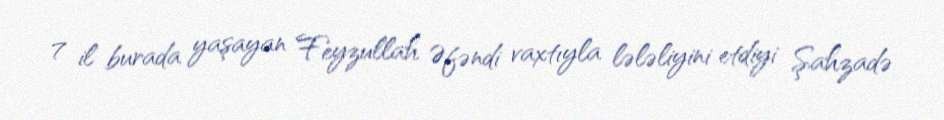
7 il burada yaşayan Feyzullah Əfəndi vaxtıyla lələliyini etdiyi Şahzadə